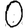
Digit: 0